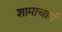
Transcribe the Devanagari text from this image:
शामाचार्य